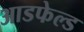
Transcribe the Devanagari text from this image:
आडफेल्ड